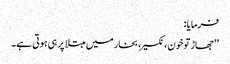
فرمایا :
’’جھاڑ تو خون، نکسیر، بخار میں مبتلا پر ہی ہوتی ہے۔